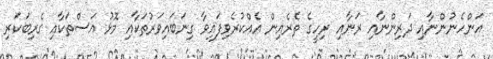
އަންހެނުންނާއި ދަރިންނާއި ރަނާއި ރިހީގެ ތެރެއިން އެއްކުރެވިފައިވާ ގިނަބައިވަރުތަކާއި މޮޅު އަސްތަކާއި ގެރިބަކަރި